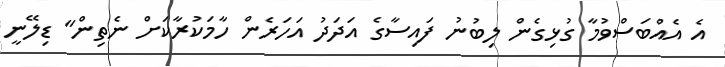
އެ އެއްބަސްވުމާ ގުޅިގެން ލިބުނު ފައިސާގެ އަދަދު އަހަރެން ހާމަކުރާކަށް ނެތިން" ޑިލޭނީ